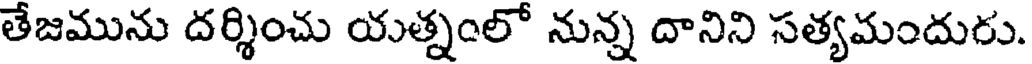
తేజమును దర్శించు యత్నంలో నున్న దానిని సత్యమందురు.